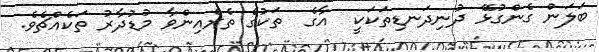
ބަލަން ގެންގުޅޭ ދުނިދަނޑިތަކަކީ  އާގެ  ތަކުގެ ތެރެއިންވާ މުޑުދާރު ތަކެއްޗެވެ.